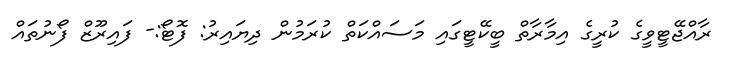
ރާއްޖޭޓީވީގެ ކުރީގެ އިމާރާތް ބީކޭޓީގައި މަސައްކަތް ކުރަމުން ދިޔައިރު: ފޮޓޯ:- ފައިރޫޒް ފޯނުތައް